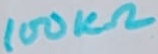
Text: 100KΩ